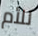
للأم